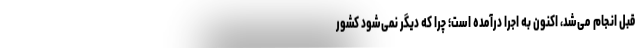
قبل انجام می‌شد، اکنون به اجرا درآمده است؛ چرا که دیگر نمی‌شود کشور